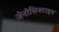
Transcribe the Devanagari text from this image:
जेनोसिनटाइप